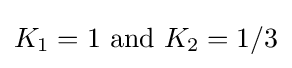
K_{1}=1{\text{ and }}K_{2}=1/3